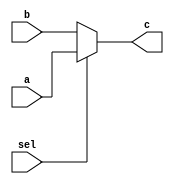
module sel2_1 (
	    input [4:0] a,
        input [4:0] b,
        input sel,
        output [4:0] c
	);

assign c = sel ? a:b;

endmodule